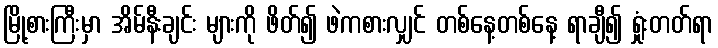
မြို့စားကြီးမှာ အိမ်နီးချင်း များကို ဖိတ်၍ ဖဲကစားလျှင် တစ်နေ့တစ်နေ့ ရာချီ၍ ရှုံးတတ်ရာ